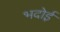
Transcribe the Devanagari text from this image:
भदोई